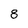
Character: 8